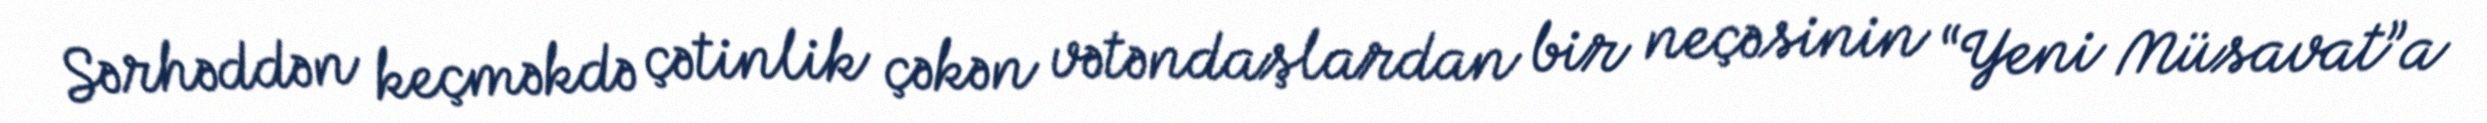
Sərhəddən keçməkdə çətinlik çəkən vətəndaşlardan bir neçəsinin “Yeni Müsavat”a